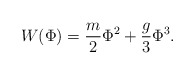
\begin{align*}W(\Phi)= \frac{m}{2}\Phi^2+\frac{g}{3}\Phi^3.\end{align*}